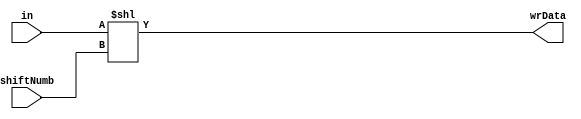
module ShiftComb(input [17:0] in, input [1:0] shiftNumb, output [20:0] wrData);
    assign wrData  = in << shiftNumb;
endmodule